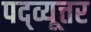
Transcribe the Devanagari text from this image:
पद्व्यूत्तर